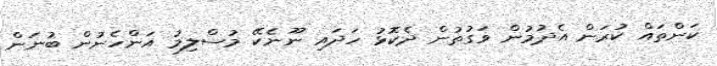
ކަންތައް ކުރަން އެދުމުން ވަގުތުން ދެކޮޅު ހަދައި ނޫނެކޭ މުސްލިމު އަންހެނުން ބުނަން